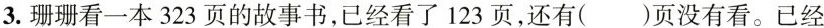
3.珊珊看一本323页的故事书，已经看了123页，还有()页没有看。已经